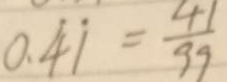
0 . \dot { 4 } \dot { 1 } = \frac { 4 1 } { 9 9 }